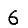
Digit: 6